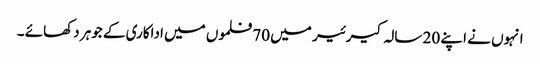
انہوں نے اپنے 20 سالہ کیرئیر میں 70 فلموں میں اداکاری کے جوہر دکھائے ۔